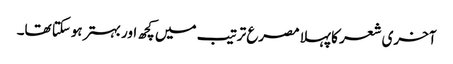
آخری شعر کا پہلا مصرع ترتیب میں کچھ اور بہتر ہوسکتا تھا۔